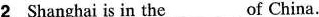
2 Shanghai is in the ___of China.